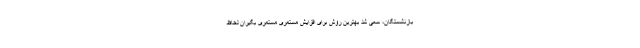
بازنشستگان، سعی شد بهترین روش برای افزایش مستمری مستمری بگیران لحاظ